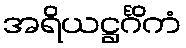
အရိယဋ္ဌင်္ဂိကံ